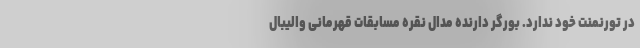
در تورنمنت خود ندارد. بورگر دارنده مدال نقره مسابقات قهرمانی والیبال